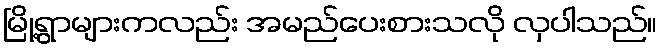
မြို့ရွာများကလည်း အမည်ပေးစားသလို လှပါသည်။